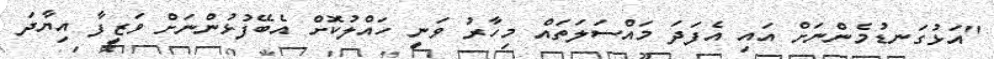
"އަޅުގަނޑުމެންނަށް އައި އެފަދަ މައްސަލަތައް މިހާރު ވަނީ ހައްލުކޮށް އެބޭފުޅުންނަށް ވަޒީފާ އިޔާދަ